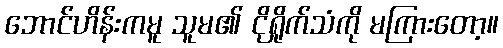
ဘောင်ဟိန်းကမူ သူမ၏ ငိုရှိုက်သံကို မကြားတော့။